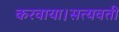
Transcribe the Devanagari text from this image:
करवाया।सत्यवती